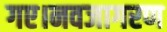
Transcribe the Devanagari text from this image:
गए।नवजागरण